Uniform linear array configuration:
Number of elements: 64
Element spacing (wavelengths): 1
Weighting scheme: binomial
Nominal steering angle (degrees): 45
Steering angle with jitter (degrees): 43.779
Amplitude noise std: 0.05
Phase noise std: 0.05

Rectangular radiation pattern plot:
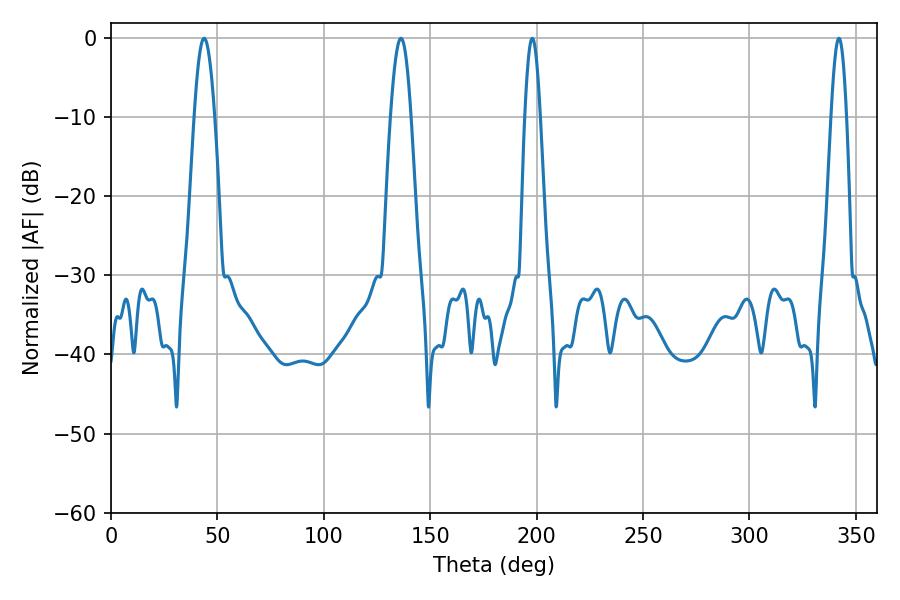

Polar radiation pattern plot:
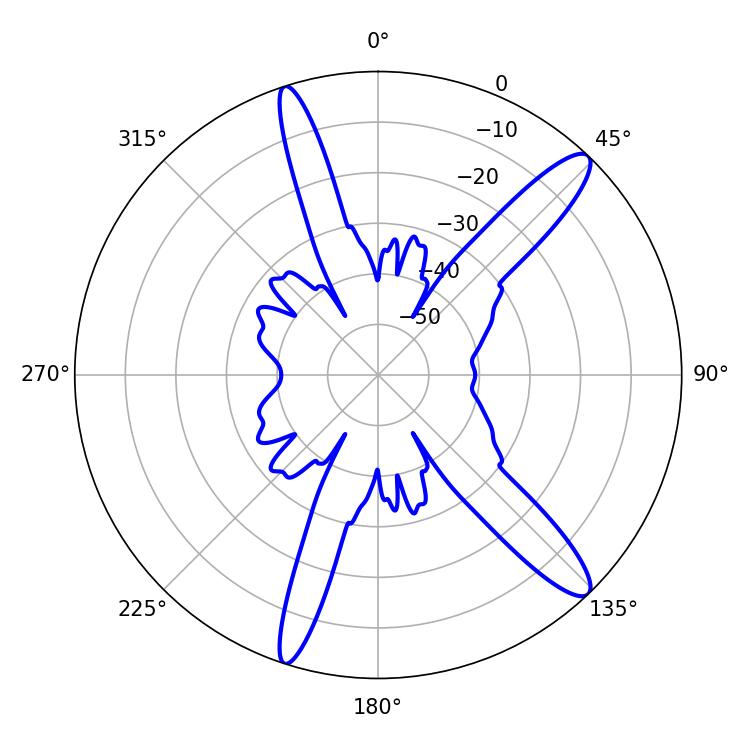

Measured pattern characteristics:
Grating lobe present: TRUE
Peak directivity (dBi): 13.429
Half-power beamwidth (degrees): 5.22
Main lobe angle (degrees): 43.74